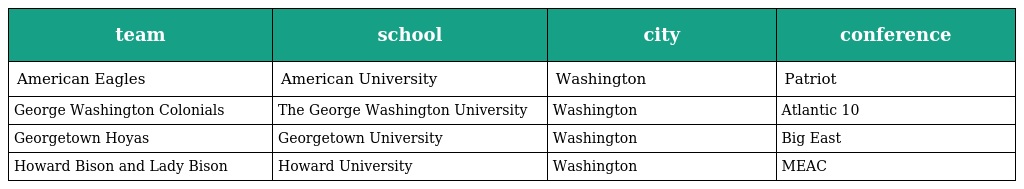
| team | school | city | conference |
 | --- | --- | --- | --- |
 | American Eagles | American University | Washington | Patriot |
 | George Washington Colonials | The George Washington University | Washington | Atlantic 10 |
 | Georgetown Hoyas | Georgetown University | Washington | Big East |
 | Howard Bison and Lady Bison | Howard University | Washington | MEAC |